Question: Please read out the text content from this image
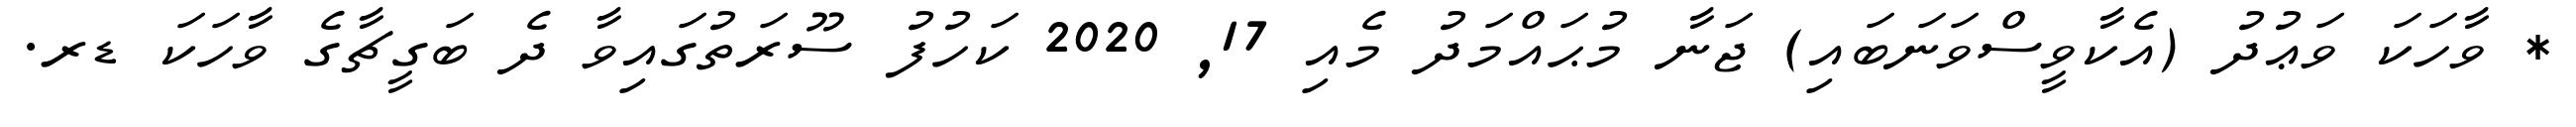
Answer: * ވާހަކަ ވަޢުދު (އެކާވީސްވަނަބައި) ޖަނާ މުޙައްމަދު މެއި 17, 2020 ކަހުފު ސޫރަތުގައިވާ ދެ ބަގީޗާގެ ވާހަކަ ޑރ.